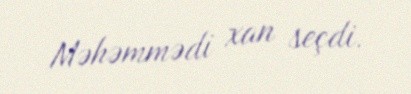
Məhəmmədi xan seçdi.